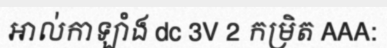
អាល់កាឡាំង dc 3V 2 កម្រិត AAA: